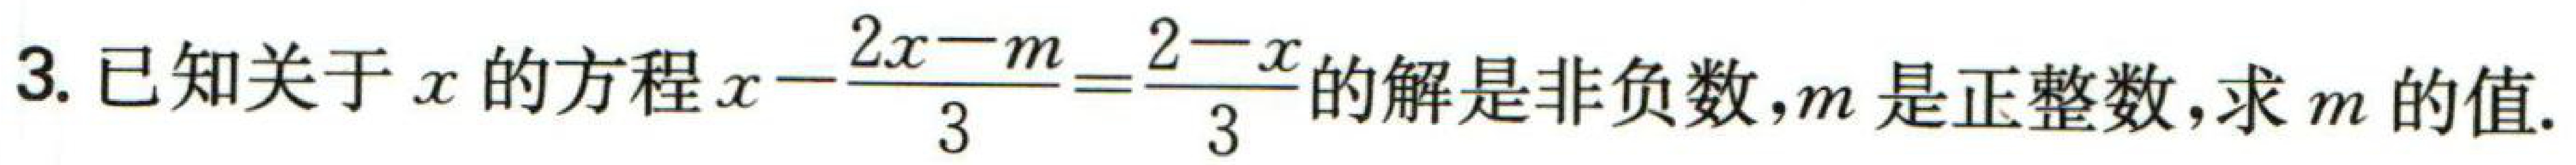
3. 已知关于\(x\)的方程\(x - \frac{2x - m}{3} = \frac{2 - x}{3}\)的解是非负数，\(m\)是正整数，求\(m\)的值.